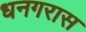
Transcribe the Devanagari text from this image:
धनगरास